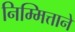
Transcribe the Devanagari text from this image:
निम्मित्ताने